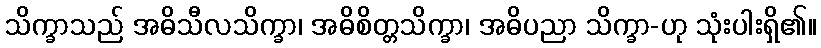
သိက္ခာသည် အဓိသီလသိက္ခာ၊ အဓိစိတ္တသိက္ခာ၊ အဓိပညာ သိက္ခာ-ဟု သုံးပါးရှိ၏။